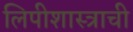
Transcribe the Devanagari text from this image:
लिपीशास्त्राची